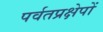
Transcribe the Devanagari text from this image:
पर्वतप्रक्षेपों